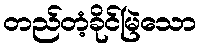
တည်တံ့ခိုင်မြဲသော